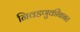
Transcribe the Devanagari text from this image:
निवडणुकीबाबत